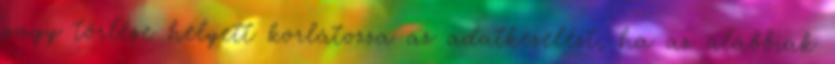
vagy törlése helyett korlátozza az adatkezelést, ha az alábbiak